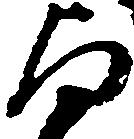
与